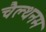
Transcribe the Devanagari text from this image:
चैल्थनम